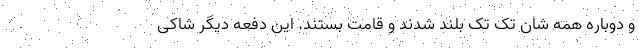
و دوباره همه شان تک تک بلند شدند و قامت بستند. این دفعه دیگر شاکی